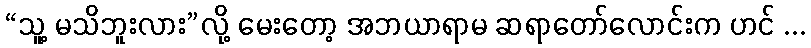
“သူ့ မသိဘူးလား”လို့ မေးတော့ အဘယာရာမ ဆရာတော်လောင်းက ဟင် ...